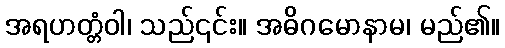
အရဟတ္တံဝါ၊ သည်၎င်း။ အဓိဂမောနာမ၊ မည်၏။